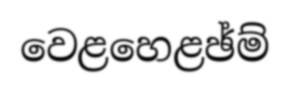
වෙළහෙළඡ්ම්